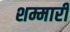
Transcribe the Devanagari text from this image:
शम्मारी